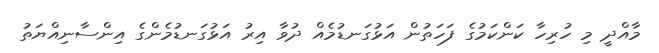
މާއްދީ މި ހުރިހާ ކަންކަމުގެ ފަހަތުން އަޅުގަނޑުމެއް ދުވާ އިރު އަޅުގަނޑުމެންގެ އިންސާނިއްޔަތު